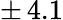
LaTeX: \pm\, 4.1